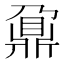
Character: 鼐